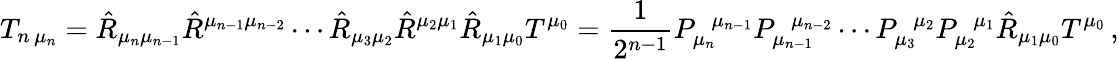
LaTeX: T_{n\, \mu_{n}}=\hat{R}_{\mu_{n}\mu_{n-1}}\hat{R}^{\mu_{n-1}\mu_{n-2}}\cdots\hat{R}_{\mu_{3}\mu_{2}}\hat{R}^{\mu_{2}\mu_{1}}\hat{R}_{\mu_{1}\mu_{0}}T^{\mu_{0}}=\frac{1}{2^{n-1}}P_{\mu_{n}}^{\, \, \, \mu_{n-1}}P_{\mu_{n-1}}^{\, \, \, \mu_{n-2}}\cdots P_{\mu_{3}}^{\, \, \, \mu_{2}}P_{\mu_{2}}^{\, \, \, \mu_{1}}\hat{R}_{\mu_{1}\mu_{0}}T^{\mu_{0}}\, ,